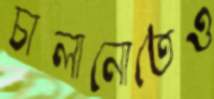
চালানোতেও